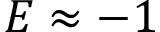
E \approx - 1